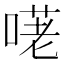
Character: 𠺜